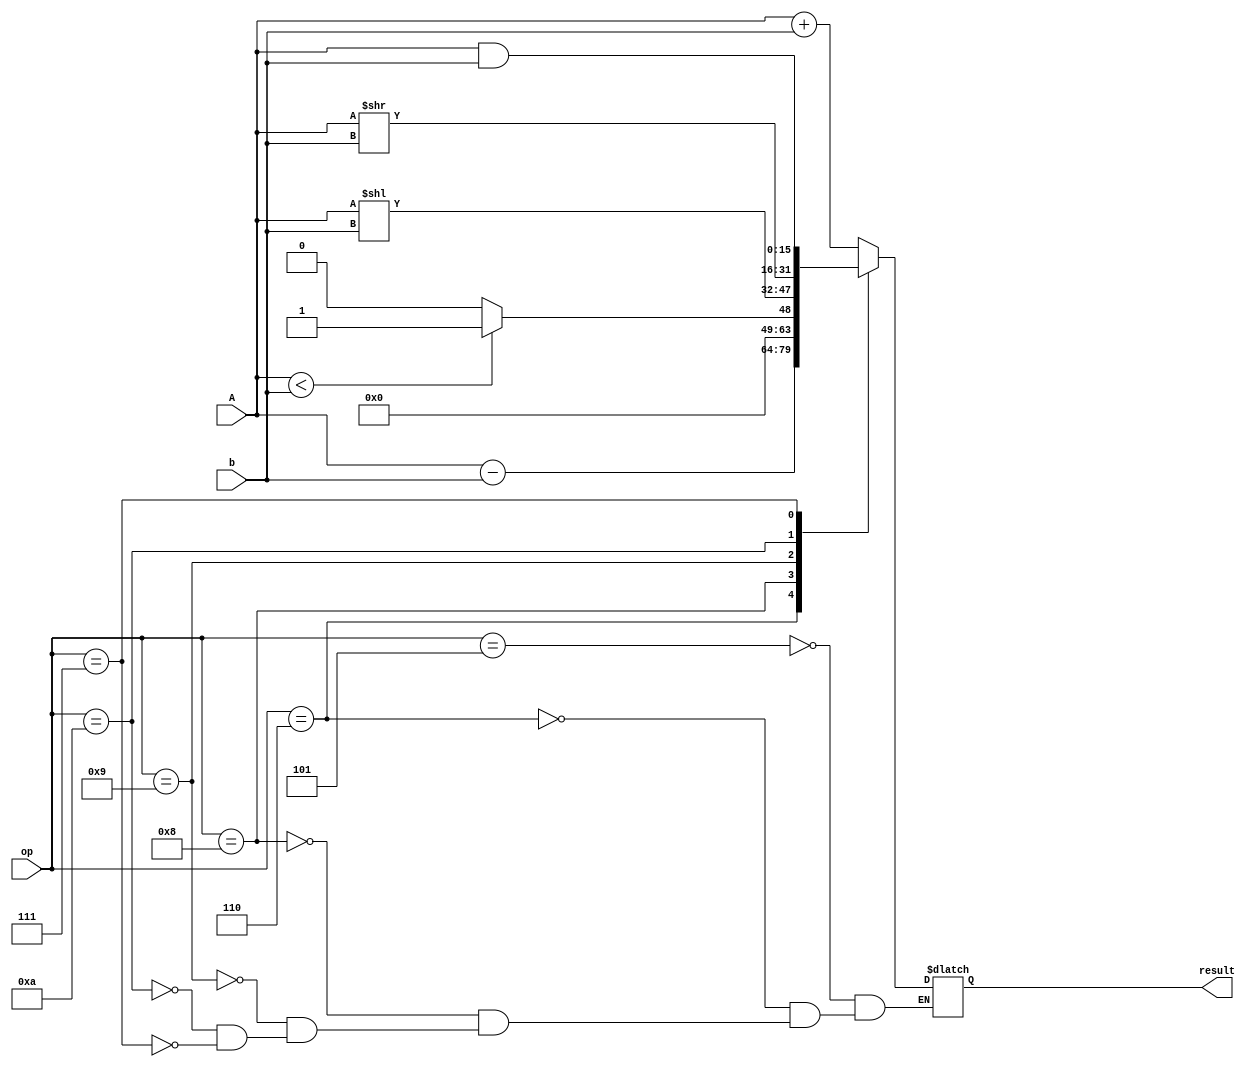
module ALU
	(	input [15:0] A,
		input [15:0] b,
		input [3:0] op,
		output reg [15:0] result
	);

		parameter add  = 4'b0101; //5
		parameter sub  = 4'b0110;	//6
		parameter andd = 4'b0111;	//7
		parameter slt  = 4'b1000; //8: set less than
		parameter sll  = 4'b1001;	//9: shift logic left
		parameter slr  = 4'b1010; //10:shift logic right

		always @(A or b or op) begin
			case(op)
				add: result = A + b;
				sub: result = A - b;
				slt: if(A < b)result = 16'b1; else result = 16'b0;
				sll: result = A << b;
				slr: result = A >> b;
				andd:result = A & b;
			endcase
		end

endmodule